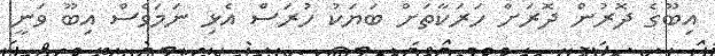
އިބޫގެ ދޮރުން ދޮރަށް ހަރަކާތަށް ބަޔަކު ހުރަސް އެޅި ނަމަވެސް އިބޫ ވަނީ